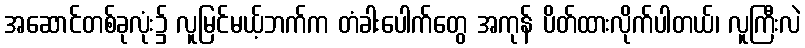
အဆောင်တစ်ခုလုံး၌ လူမြင်မယ့်ဘက်က တံခါးပေါက်တွေ အကုန် ပိတ်ထားလိုက်ပါတယ်၊ လူကြီးလဲ